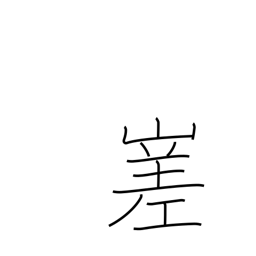
Meaning: irregular